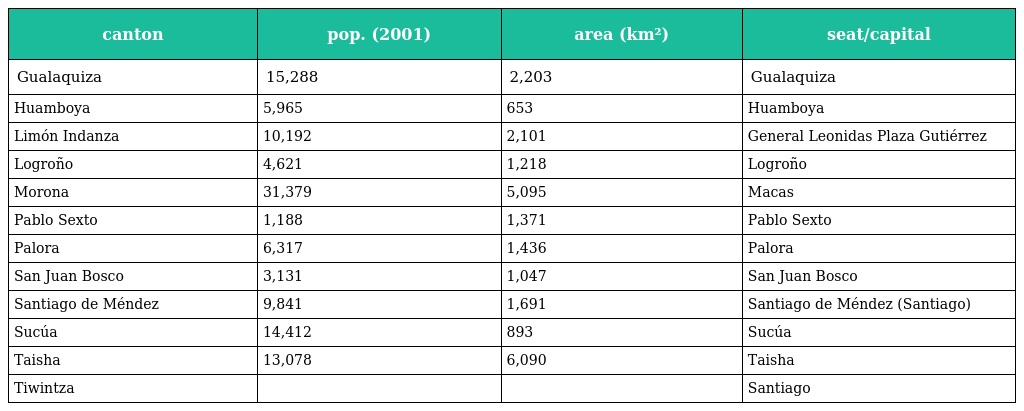
| canton | pop. (2001) | area (km²) | seat/capital |
 | --- | --- | --- | --- |
 | Gualaquiza | 15,288 | 2,203 | Gualaquiza |
 | Huamboya | 5,965 | 653 | Huamboya |
 | Limón Indanza | 10,192 | 2,101 | General Leonidas Plaza Gutiérrez |
 | Logroño | 4,621 | 1,218 | Logroño |
 | Morona | 31,379 | 5,095 | Macas |
 | Pablo Sexto | 1,188 | 1,371 | Pablo Sexto |
 | Palora | 6,317 | 1,436 | Palora |
 | San Juan Bosco | 3,131 | 1,047 | San Juan Bosco |
 | Santiago de Méndez | 9,841 | 1,691 | Santiago de Méndez (Santiago) |
 | Sucúa | 14,412 | 893 | Sucúa |
 | Taisha | 13,078 | 6,090 | Taisha |
 | Tiwintza |  |  | Santiago |